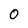
Character: O